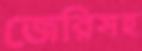
জেরিসহ